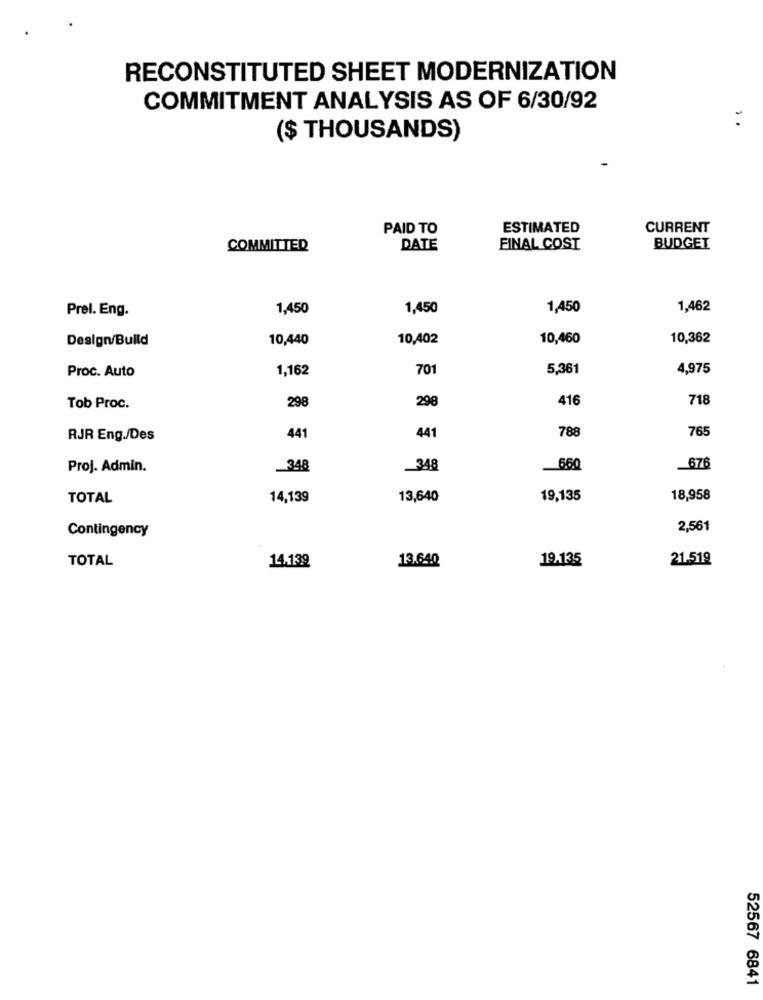
RECONSTITUTED SHEET MODERNIZATION
COMMITMENT ANALYSIS AS OF 6/30/92
($ THOUSANDS)
PAID TO
ESTIMATED
CURRENT
COMMITTED
DATE
FINAL COST
BUDGET
Prel. Eng.
1,450
1,450
1,450
1,462
Design/Build
10,440
10,402
10,460
10,362
1,162
701
5,361
4,975
Proc. Auto
298
416
718
Tob Proc.
298
788
76
RJR Eng./Des
441
441
Proj. Admin.
348
_348
660
676
TOTAL
14,139
13,640
19,135
18,958
Contingency
2,561
TOTAL
14,139
13.640
19,135
21.519
52567 6841